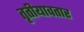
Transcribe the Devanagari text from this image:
तृतीयावतार